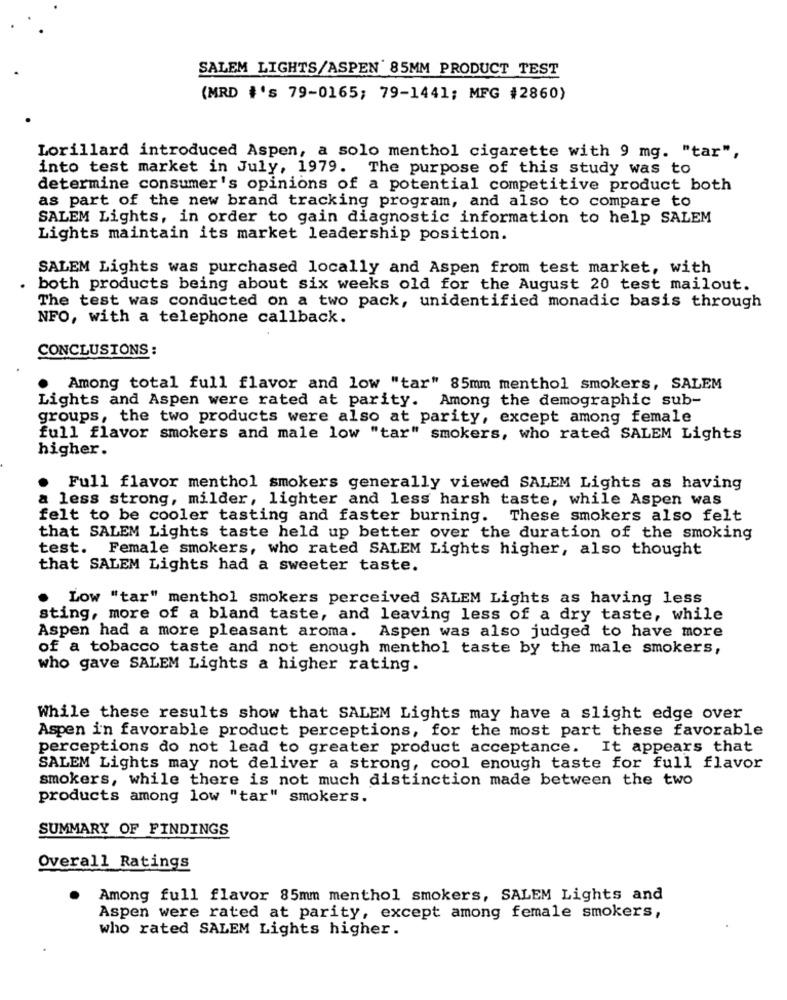
SALEM LIGHTS/ASPEN 85MM PRODUCT TEST
(MRD #'s 79-0165; 79-1441; MFG #2860)
Lorillard introduced Aspen, a solo menthol cigarette with 9 mg. "tar",
into test market in July, 1979. The purpose of this study was to
determine consumer's opinions of a potential competitive product both
as part of the new brand tracking program, and also to compare to
SALEM Lights, in order to gain diagnostic information to help SALEM
Lights maintain its market leadership position.
SALEM Lights was purchased locally and Aspen from test market, with
both products being about six weeks old for the August 20 test mailout.
The test was conducted on a two pack, unidentified monadic basis through
NFO, with a telephone callback.
CONCLUSIONS:
Among total full flavor and low "tar" 85mm menthol smokers, SALEM
Lights and Aspen were rated at parity. Among the demographic sub-
groups, the two products were also at parity, except among female
full flavor smokers and male low "tar" smokers, who rated SALEM Lights
higher.
. Full flavor menthol smokers generally viewed SALEM Lights as having
a less strong, milder, lighter and less harsh taste, while Aspen was
felt to be cooler tasting and faster burning. These smokers also felt
that SALEM Lights taste held up better over the duration of the smoking
test. Female smokers, who rated SALEM Lights higher, also thought
that SALEM Lights had a sweeter taste.
Low "tar" menthol smokers perceived SALEM Lights as having less
sting, more of a bland taste, and leaving less of a dry taste, while
Aspen had a more pleasant aroma. Aspen was also judged to have more
of a tobacco taste and not enough menthol taste by the male smokers,
who gave SALEM Lights a higher rating.
While these results show that SALEM Lights may have a slight edge over
Aspen in favorable product perceptions, for the most part these favorable
perceptions do not lead to greater product acceptance. It appears that
SALEM Lights may not deliver a strong, cool enough taste for full flavor
smokers, while there is not much distinction made between the two
products among low "tar" smokers.
SUMMARY OF FINDINGS
Overall Ratings
Among full flavor 85mm menthol smokers, SALEM Lights and
Aspen were rated at parity, except among female smokers,
who rated SALEM Lights higher.